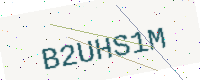
Text: B2UHS1M